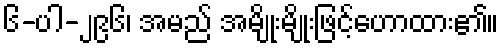
၆-ပါ-၂၉၆၊ အမည် အမျိုးမျိုးဖြင့်ဟောထား၏။